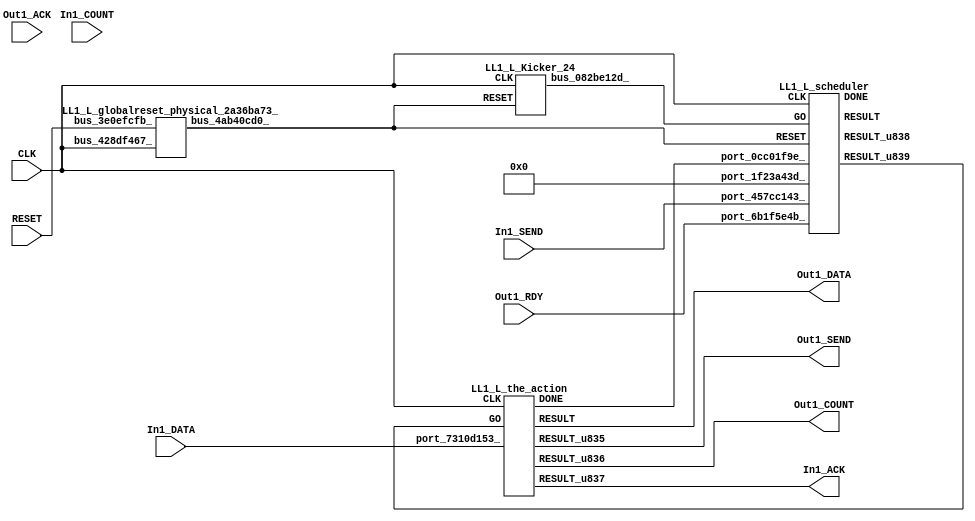
// __  ___ __ ___  _ __   ___  ___ 
// \ \/ / '__/ _ \| '_ \ / _ \/ __|
//  >  <| | | (_) | | | | (_) \__ \
// /_/\_\_|  \___/|_| |_|\___/|___/
// 
// Xronos synthesizer version
// Run date: Thu 2 Nov 2017 13:58:33 +0000
// 

module LL1_L(Out1_ACK, Out1_RDY, Out1_SEND, In1_DATA, In1_ACK, Out1_DATA, In1_SEND, In1_COUNT, Out1_COUNT, RESET, CLK);
input		Out1_ACK;
input		Out1_RDY;
output		Out1_SEND;
input	[15:0]	In1_DATA;
wire		the_action_done;
output		In1_ACK;
wire		the_action_go;
output	[15:0]	Out1_DATA;
input		In1_SEND;
input	[15:0]	In1_COUNT;
output	[15:0]	Out1_COUNT;
input		RESET;
input		CLK;
wire		bus_3eeec97f_;
wire	[15:0]	the_action;
wire		the_action_u41;
wire		LL1_L_the_action_instance_DONE;
wire		the_action_u39;
wire	[15:0]	the_action_u40;
wire		bus_4ab40cd0_;
wire		scheduler_u108;
wire	[31:0]	scheduler_u107;
wire		LL1_L_scheduler_instance_DONE;
wire		scheduler;
wire		bus_082be12d_;
wire	[31:0]	bus_15f11f57_;
assign Out1_SEND=the_action_u39;
assign the_action_done=bus_3eeec97f_;
assign In1_ACK=the_action_u41;
assign the_action_go=scheduler_u108;
assign Out1_DATA=the_action;
assign Out1_COUNT=the_action_u40;
assign bus_3eeec97f_=LL1_L_the_action_instance_DONE&{1{LL1_L_the_action_instance_DONE}};
LL1_L_the_action LL1_L_the_action_instance(.CLK(CLK), .GO(the_action_go), .port_7310d153_(In1_DATA), 
  .DONE(LL1_L_the_action_instance_DONE), .RESULT(the_action), .RESULT_u835(the_action_u39), 
  .RESULT_u836(the_action_u40), .RESULT_u837(the_action_u41));
LL1_L_globalreset_physical_2a36ba73_ LL1_L_globalreset_physical_2a36ba73__1(.bus_428df467_(CLK), 
  .bus_3e0efcfb_(RESET), .bus_4ab40cd0_(bus_4ab40cd0_));
LL1_L_scheduler LL1_L_scheduler_instance(.CLK(CLK), .RESET(bus_4ab40cd0_), .GO(bus_082be12d_), 
  .port_1f23a43d_(32'h0), .port_457cc143_(In1_SEND), .port_6b1f5e4b_(Out1_RDY), 
  .port_0cc01f9e_(the_action_done), .DONE(LL1_L_scheduler_instance_DONE), .RESULT(scheduler), 
  .RESULT_u838(scheduler_u107), .RESULT_u839(scheduler_u108));
LL1_L_Kicker_24 LL1_L_Kicker_24_1(.CLK(CLK), .RESET(bus_4ab40cd0_), .bus_082be12d_(bus_082be12d_));
LL1_L_stateVar_fsmState_LL1_L LL1_L_stateVar_fsmState_LL1_L_1(.bus_44818bff_(CLK), 
  .bus_488e6fe9_(bus_4ab40cd0_), .bus_10888c5a_(scheduler), .bus_6354ee1a_(32'h0), 
  .bus_15f11f57_(bus_15f11f57_));
endmodule



module LL1_L_the_action(CLK, GO, port_7310d153_, RESULT, RESULT_u835, RESULT_u836, RESULT_u837, DONE);
input		CLK;
input		GO;
input	[15:0]	port_7310d153_;
output	[15:0]	RESULT;
output		RESULT_u835;
output	[15:0]	RESULT_u836;
output		RESULT_u837;
output		DONE;
wire		simplePinWrite;
wire	[15:0]	simplePinWrite_u236;
wire		simplePinWrite_u237;
wire	[15:0]	simplePinWrite_u238;
assign simplePinWrite=GO&{1{GO}};
assign simplePinWrite_u236=16'h1&{16{1'h1}};
assign simplePinWrite_u237=GO&{1{GO}};
assign simplePinWrite_u238=port_7310d153_;
assign RESULT=simplePinWrite_u238;
assign RESULT_u835=simplePinWrite_u237;
assign RESULT_u836=simplePinWrite_u236;
assign RESULT_u837=simplePinWrite;
assign DONE=GO;
endmodule



module LL1_L_globalreset_physical_2a36ba73_(bus_428df467_, bus_3e0efcfb_, bus_4ab40cd0_);
input		bus_428df467_;
input		bus_3e0efcfb_;
output		bus_4ab40cd0_;
reg		sample_u20=1'h0;
wire		and_049343d1_u0;
wire		or_3de06962_u0;
reg		final_u20=1'h1;
wire		not_5b25a39e_u0;
reg		cross_u20=1'h0;
reg		glitch_u20=1'h0;
always @(posedge bus_428df467_)
begin
sample_u20<=1'h1;
end
assign and_049343d1_u0=cross_u20&glitch_u20;
assign or_3de06962_u0=bus_3e0efcfb_|final_u20;
assign bus_4ab40cd0_=or_3de06962_u0;
always @(posedge bus_428df467_)
begin
final_u20<=not_5b25a39e_u0;
end
assign not_5b25a39e_u0=~and_049343d1_u0;
always @(posedge bus_428df467_)
begin
cross_u20<=sample_u20;
end
always @(posedge bus_428df467_)
begin
glitch_u20<=cross_u20;
end
endmodule



module LL1_L_scheduler(CLK, RESET, GO, port_1f23a43d_, port_457cc143_, port_6b1f5e4b_, port_0cc01f9e_, RESULT, RESULT_u838, RESULT_u839, DONE);
input		CLK;
input		RESET;
input		GO;
input	[31:0]	port_1f23a43d_;
input		port_457cc143_;
input		port_6b1f5e4b_;
input		port_0cc01f9e_;
output		RESULT;
output	[31:0]	RESULT_u838;
output		RESULT_u839;
output		DONE;
wire signed	[31:0]	equals_a_signed;
wire signed	[31:0]	equals_b_signed;
wire		equals;
wire		and_u1426_u0;
wire		not_u274_u0;
wire		and_u1427_u0;
wire		not_u275_u0;
wire		and_u1428_u0;
wire		and_u1429_u0;
wire		and_u1430_u0;
wire		not_u276_u0;
wire		and_u1431_u0;
wire		simplePinWrite;
wire		and_u1432_u0;
wire		and_u1433_u0;
wire		and_u1434_u0;
wire		and_u1435_u0;
reg		and_delayed_u86=1'h0;
wire		or_u383_u0;
reg		reg_34d0bb33_u0=1'h0;
wire		or_u384_u0;
reg		reg_0fcdd737_u0=1'h0;
assign equals_a_signed=32'h0;
assign equals_b_signed=32'h0;
assign equals=equals_a_signed==equals_b_signed;
assign and_u1426_u0=and_u1435_u0&equals;
assign not_u274_u0=~equals;
assign and_u1427_u0=and_u1435_u0&not_u274_u0;
assign not_u275_u0=~port_457cc143_;
assign and_u1428_u0=and_u1434_u0&port_457cc143_;
assign and_u1429_u0=and_u1434_u0&not_u275_u0;
assign and_u1430_u0=and_u1433_u0&not_u276_u0;
assign not_u276_u0=~port_6b1f5e4b_;
assign and_u1431_u0=and_u1433_u0&port_6b1f5e4b_;
assign simplePinWrite=and_u1432_u0&{1{and_u1432_u0}};
assign and_u1432_u0=and_u1431_u0&and_u1433_u0;
assign and_u1433_u0=and_u1428_u0&and_u1434_u0;
assign and_u1434_u0=and_u1426_u0&and_u1435_u0;
assign and_u1435_u0=or_u383_u0&or_u383_u0;
always @(posedge CLK or posedge RESET)
begin
if (RESET)
and_delayed_u86<=1'h0;
else and_delayed_u86<=and_u1435_u0;
end
assign or_u383_u0=and_delayed_u86|reg_34d0bb33_u0;
always @(posedge CLK or posedge RESET)
begin
if (RESET)
reg_34d0bb33_u0<=1'h0;
else reg_34d0bb33_u0<=reg_0fcdd737_u0;
end
assign or_u384_u0=GO|and_u1432_u0;
always @(posedge CLK or posedge RESET)
begin
if (RESET)
reg_0fcdd737_u0<=1'h0;
else reg_0fcdd737_u0<=GO;
end
assign RESULT=or_u384_u0;
assign RESULT_u838=32'h0;
assign RESULT_u839=simplePinWrite;
assign DONE=1'h0;
endmodule



module LL1_L_Kicker_24(CLK, RESET, bus_082be12d_);
input		CLK;
input		RESET;
output		bus_082be12d_;
reg		kicker_res=1'h0;
wire		bus_65abd59b_;
wire		bus_7602bb89_;
wire		bus_2e84d5af_;
reg		kicker_1=1'h0;
wire		bus_33d5759c_;
reg		kicker_2=1'h0;
always @(posedge CLK)
begin
kicker_res<=bus_2e84d5af_;
end
assign bus_65abd59b_=bus_7602bb89_&kicker_1;
assign bus_7602bb89_=~RESET;
assign bus_2e84d5af_=kicker_1&bus_7602bb89_&bus_33d5759c_;
always @(posedge CLK)
begin
kicker_1<=bus_7602bb89_;
end
assign bus_082be12d_=kicker_res;
assign bus_33d5759c_=~kicker_2;
always @(posedge CLK)
begin
kicker_2<=bus_65abd59b_;
end
endmodule



module LL1_L_endianswapper_1cdf77d3_(endianswapper_1cdf77d3_in, endianswapper_1cdf77d3_out);
input	[31:0]	endianswapper_1cdf77d3_in;
output	[31:0]	endianswapper_1cdf77d3_out;
assign endianswapper_1cdf77d3_out=32'h0;
endmodule



module LL1_L_endianswapper_726dca13_(endianswapper_726dca13_in, endianswapper_726dca13_out);
input	[31:0]	endianswapper_726dca13_in;
output	[31:0]	endianswapper_726dca13_out;
assign endianswapper_726dca13_out=32'h0;
endmodule



module LL1_L_stateVar_fsmState_LL1_L(bus_44818bff_, bus_488e6fe9_, bus_10888c5a_, bus_6354ee1a_, bus_15f11f57_);
input		bus_44818bff_;
input		bus_488e6fe9_;
input		bus_10888c5a_;
input	[31:0]	bus_6354ee1a_;
output	[31:0]	bus_15f11f57_;
wire	[31:0]	endianswapper_1cdf77d3_out;
wire	[31:0]	endianswapper_726dca13_out;
assign bus_15f11f57_=32'h0;
LL1_L_endianswapper_1cdf77d3_ LL1_L_endianswapper_1cdf77d3__1(.endianswapper_1cdf77d3_in(32'h0), 
  .endianswapper_1cdf77d3_out(endianswapper_1cdf77d3_out));
LL1_L_endianswapper_726dca13_ LL1_L_endianswapper_726dca13__1(.endianswapper_726dca13_in(32'h0), 
  .endianswapper_726dca13_out(endianswapper_726dca13_out));
endmodule